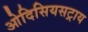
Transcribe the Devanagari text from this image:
ओदिसियसट्राय